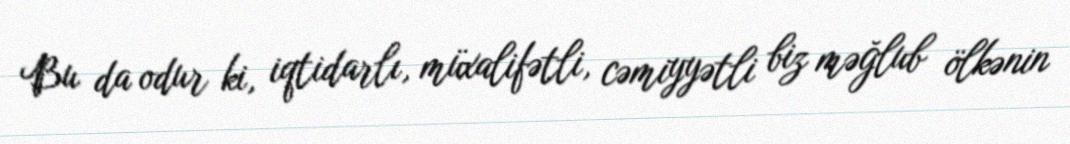
Bu da odur ki, iqtidarlı, müxalifətli, cəmiyyətli biz məğlub ölkənin